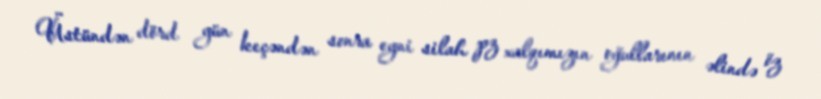
Üstündən dörd gün keçəndən sonra eyni silah pz xalqımızın oğullarının əlində öz